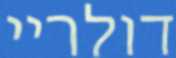
דולריי